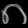
Digit: ၈